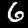
Digit: 6